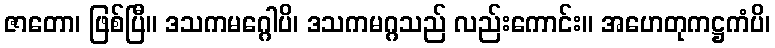
ဇာတော၊ ဖြစ်ပြီ။ ဒသကမဂ္ဂေါပိ၊ ဒသကမဂ္ဂသည် လည်းကောင်း။ အဟေတုကဋ္ဌကံပိ၊